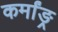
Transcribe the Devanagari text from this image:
कर्मांङ्र